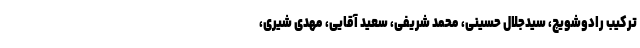
ترکیب رادوشویچ، سیدجلال حسینی، محمد شریفی، سعید آقایی، مهدی شیری،